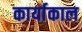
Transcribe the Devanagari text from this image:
कार्याकाल